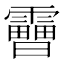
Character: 𩆗